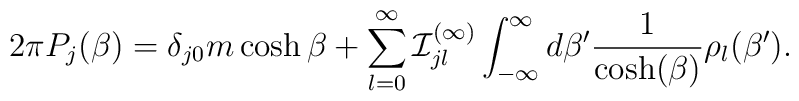
2\pi {P}_j(\beta) = \delta_{j0} m \cosh\beta + \sum_{l=0}^\infty {\cal I}^{(\infty)}_{jl}\int_{-\infty}^{\infty}d\beta' \frac{1}{\cosh(\beta)} \rho_l(\beta').